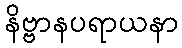
နိဗ္ဗာနပရာယနာ